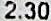
2.30